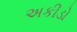
અકીડો